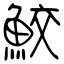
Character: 鮫